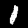
Digit: 1